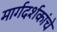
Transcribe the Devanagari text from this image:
मार्गदर्शकांचे